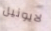
لايونيل